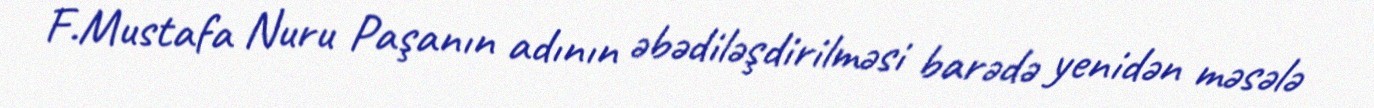
F.Mustafa Nuru Paşanın adının əbədiləşdirilməsi barədə yenidən məsələ